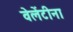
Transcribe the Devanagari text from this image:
वेलेंटीना